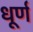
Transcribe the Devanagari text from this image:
धूर्ण